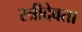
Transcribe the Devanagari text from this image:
स्त्रीदेवता